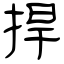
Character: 捍